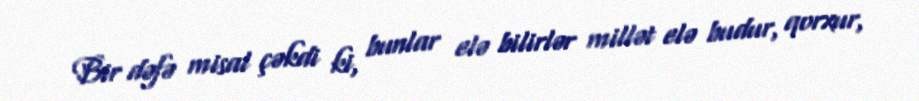
Bir dəfə misal çəkdi ki, bunlar elə bilirlər millət elə budur, qorxur,